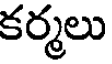
కర్మలు